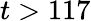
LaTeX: t>117